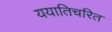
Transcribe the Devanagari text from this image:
ययातिचरित